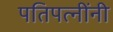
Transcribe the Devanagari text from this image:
पतिपत्नींनी